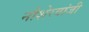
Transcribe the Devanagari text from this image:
नौशेरवांजी